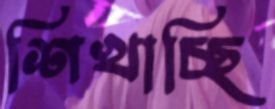
শিখাচ্ছি